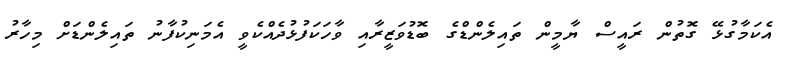
އެކަމާގުޅޭ ގޮތުން ރައީސް ޔާމީން ތައިލެންޑްގެ ބޮޑުވަޒީރާއި ވާހަކަފުޅުދެއްކެވީ އެމަނިކުފާނު ތައިލެންޑަށް މިހާރު